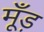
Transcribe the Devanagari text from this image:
मूँड़